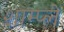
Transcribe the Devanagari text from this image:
शाम्प्लें